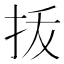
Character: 㧞